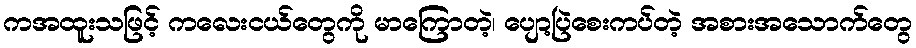
ကအထူးသဖြင့် ကလေးငယ်တွေကို မာကြောတဲ့၊ ပျော့ပြဲစေးကပ်တဲ့ အစားအသောက်တွေ